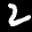
Label: 2